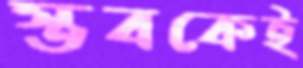
স্তবকেই